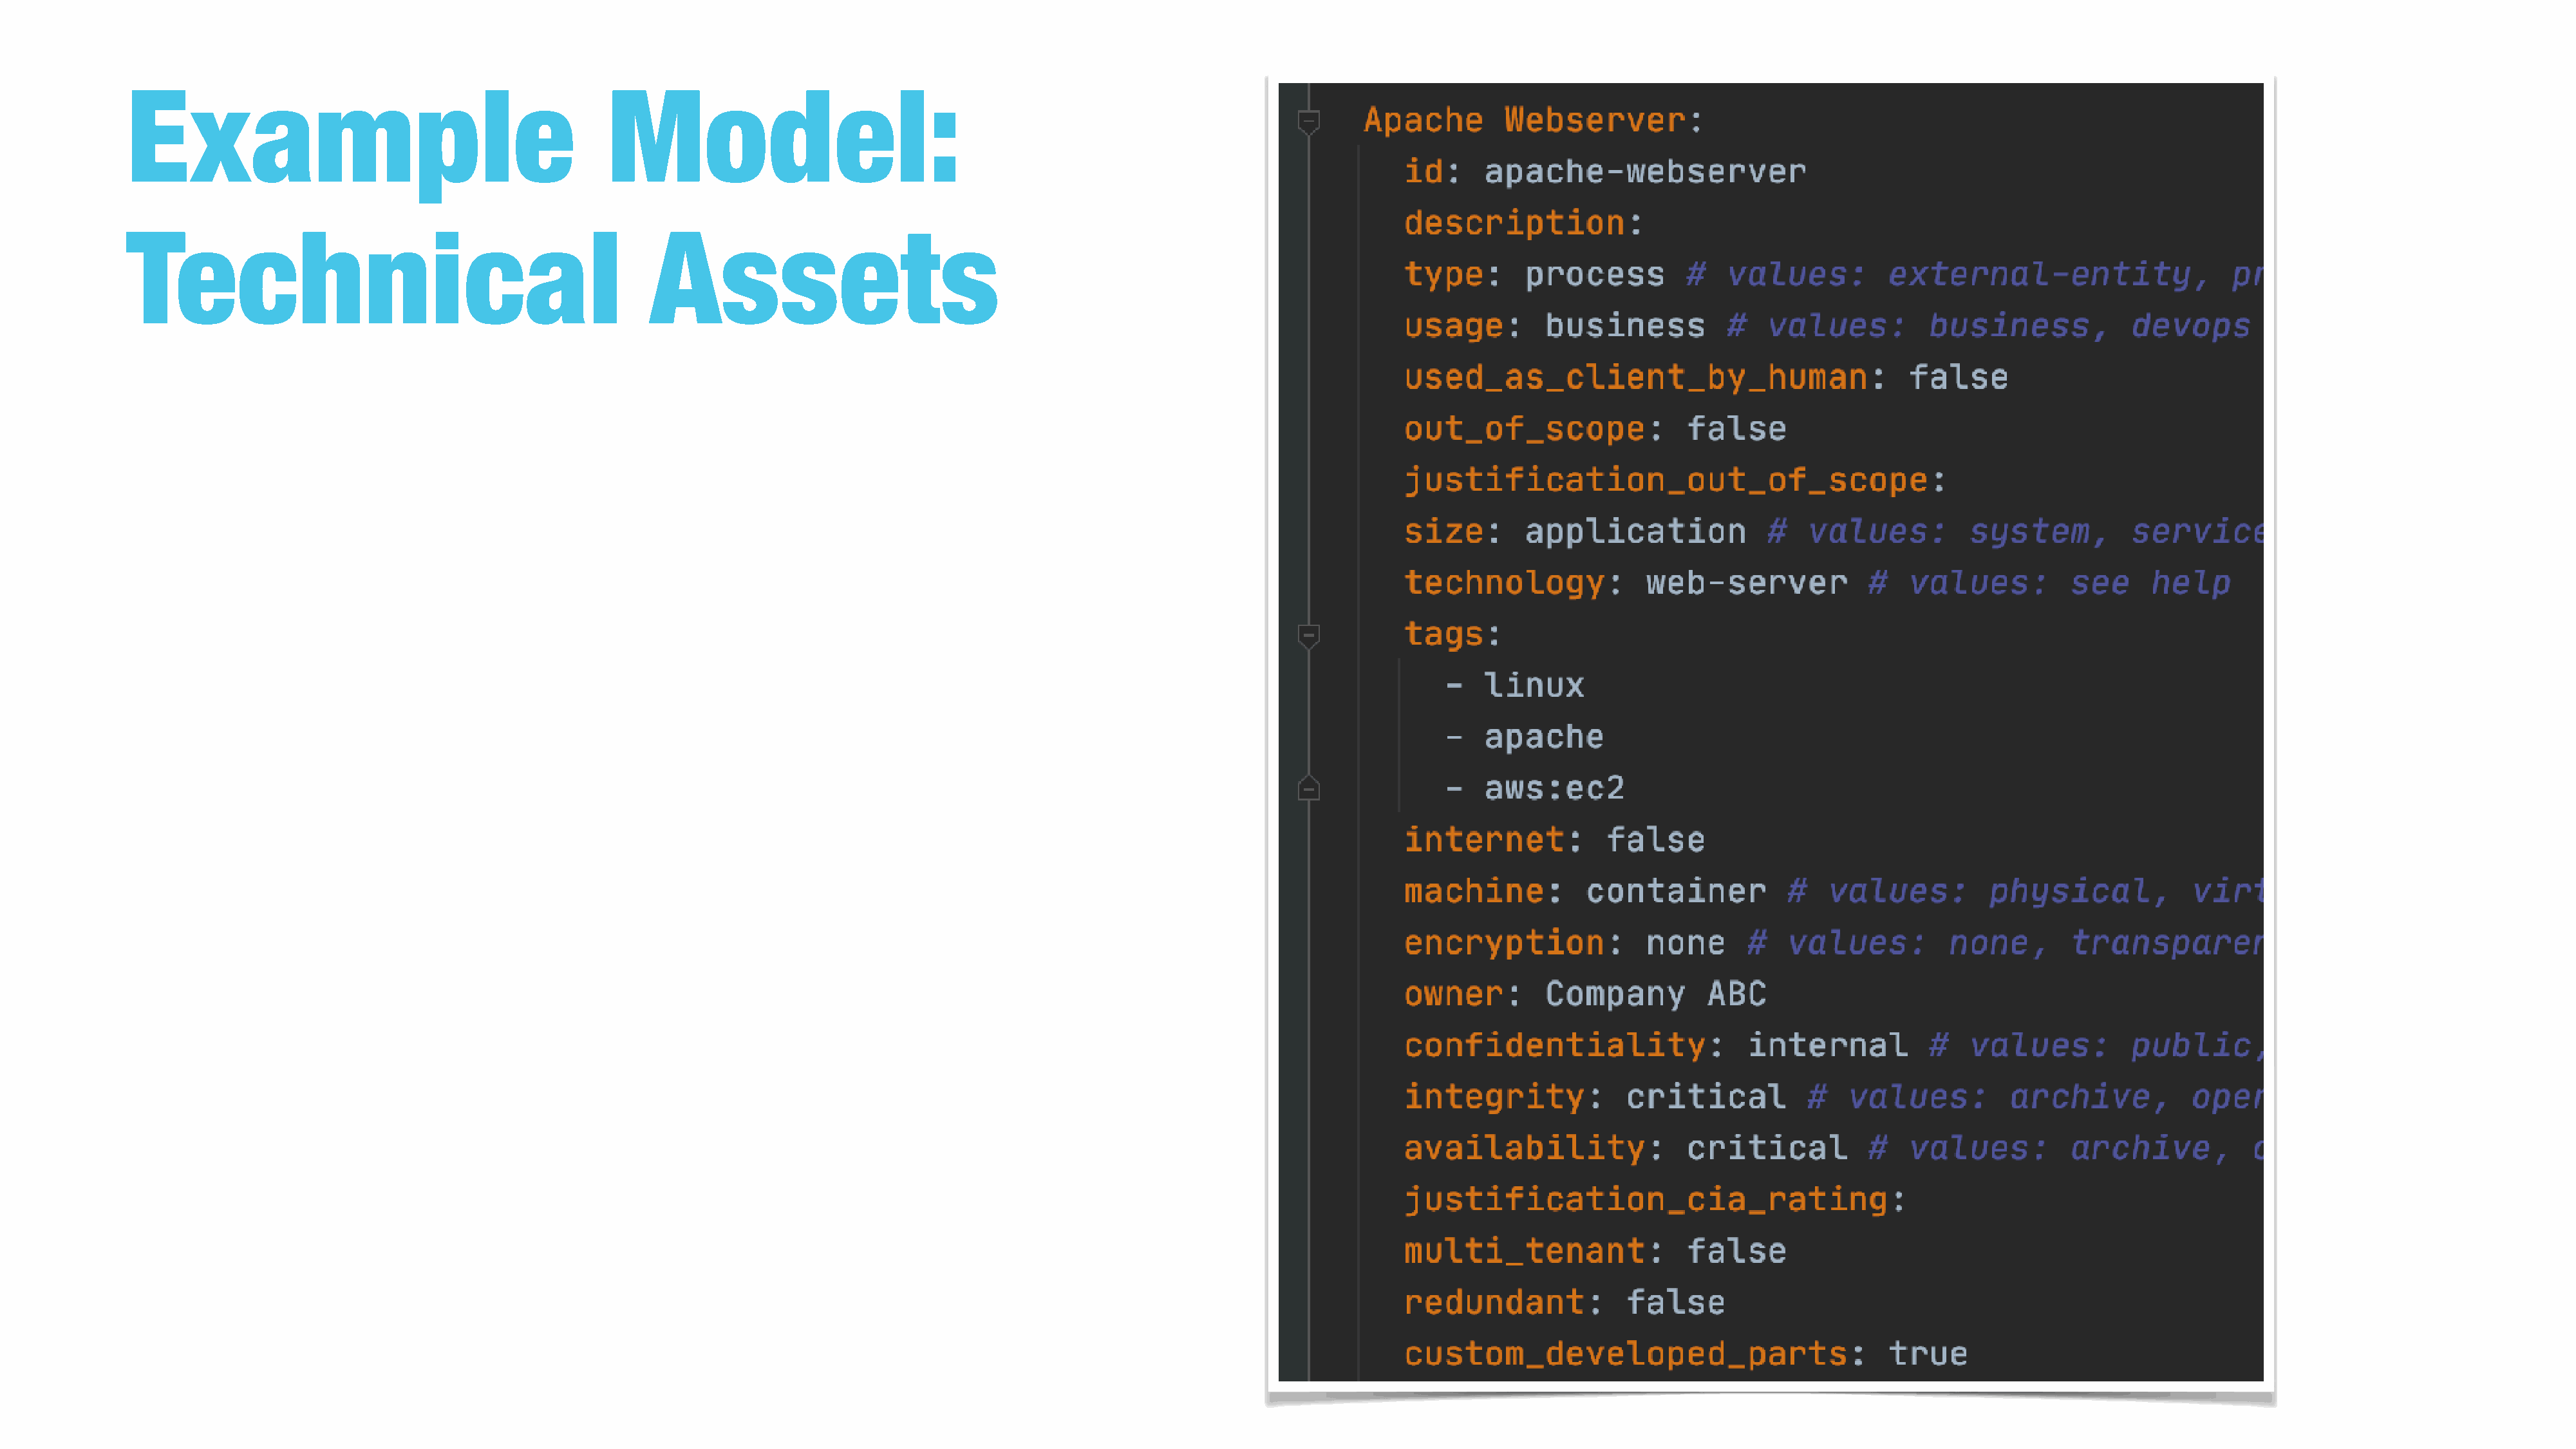
Example                                          Model:
 Technical                                             Assets